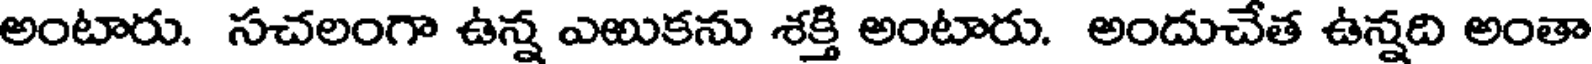
అంటారు. సచలంగా ఉన్న ఎఱుకను శక్తి అంటారు. అందుచేత ఉన్నది అంతా